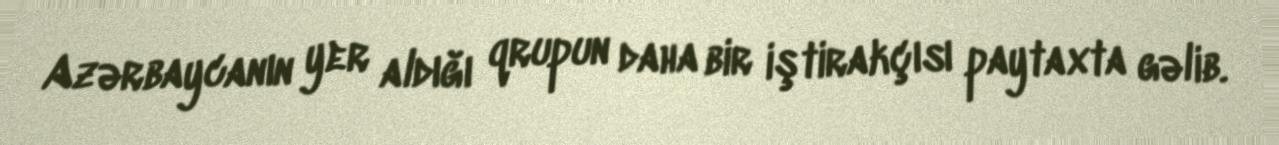
Azərbaycanın yer aldığı qrupun daha bir iştirakçısı paytaxta gəlib.